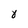
Character: 8